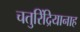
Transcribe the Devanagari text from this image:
चतुरिंद्रियानाह